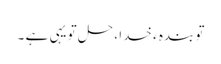
تو بندہ ء خدا ، حل تو یہی ہے ۔